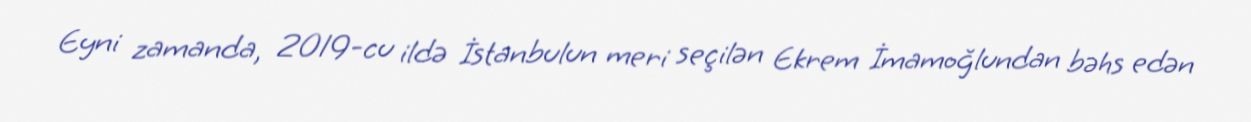
Eyni zamanda, 2019-cu ildə İstanbulun meri seçilən Ekrem İmamoğlundan bəhs edən